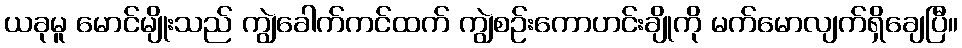
ယခုမူ မောင်မျိုးသည် ကျွဲခေါက်ကင်ထက် ကျွဲစဉ်းကောဟင်းချိုကို မက်မောလျက်ရှိချေပြီ။